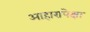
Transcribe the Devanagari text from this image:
आहारापेक्षा